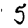
Digit: 5